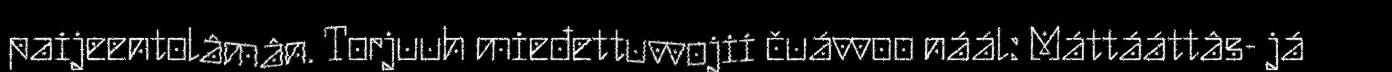
paijeentolâmân. Torjuuh mieđettuvvojii čuávvoo náál: Máttááttâs- já